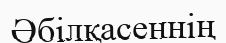
Әбілқасеннің